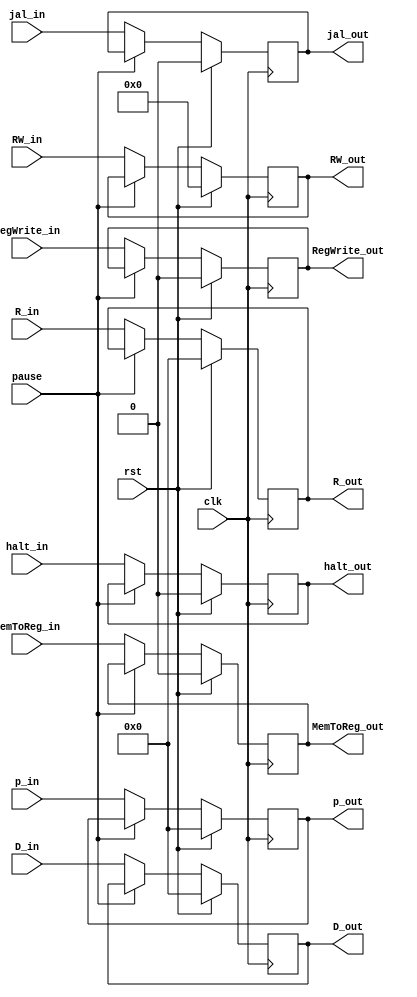
module MEM_WB(clk,rst,pause,p_in,p_out,
    MemToReg_in,MemToReg_out,
    jal_in,jal_out,halt_in,halt_out,
    RegWrite_in,RegWrite_out,R_in,R_out,D_in,D_out,
    RW_in,RW_out);

    input clk,rst,pause;
    input MemToReg_in;
    input jal_in,halt_in;
    input RegWrite_in;
    input [4:0] RW_in;
    input [31:0] p_in,R_in,D_in;

    output reg MemToReg_out;
    output reg jal_out,halt_out;
    output reg RegWrite_out;
    output reg [4:0] RW_out;
    output reg [31:0] p_out,R_out,D_out;

    initial begin
        MemToReg_out=0;
        jal_out=0;
        halt_out=0;
        RegWrite_out=0;
        RW_out=0;
        p_out=0;
        R_out=0;
        D_out=0;
    end

    always @(posedge clk) begin
        if(rst)	begin
        	MemToReg_out=0;
            jal_out=0;
            halt_out=0;
            RegWrite_out=0;
            RW_out=0;
            p_out=0;
            R_out=0;
            D_out=0;
        end	
        else if(pause) begin
            MemToReg_out<=MemToReg_out;
            jal_out<=jal_out;
            halt_out<=halt_out;
            RegWrite_out<=RegWrite_out;
            RW_out<=RW_out;
            p_out<=p_out;
            R_out<=R_out;
            D_out<=D_out;
        end
        else begin
            MemToReg_out<=MemToReg_in;
            jal_out<=jal_in;
            halt_out<=halt_in;
            RegWrite_out<=RegWrite_in;
            RW_out<=RW_in;
            p_out<=p_in;
            R_out<=R_in;
            D_out<=D_in;
        end
    end
endmodule